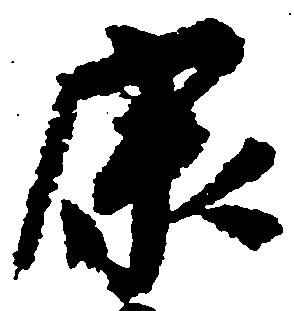
康